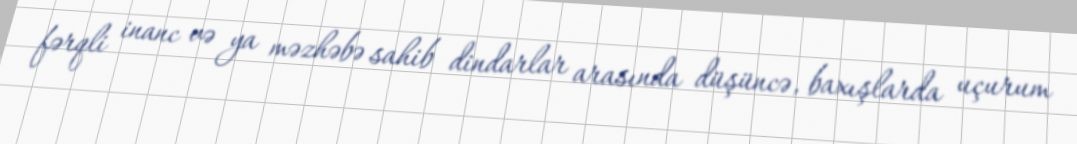
fərqli inanc və ya məzhəbə sahib dindarlar arasında düşüncə, baxışlarda uçurum